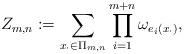
LaTeX: \begin{align*}Z_{m,n} := \sum_{x_\cdot \in \Pi_{m,n}} \prod_{i=1}^{m+n}\omega_{e_i(x_\cdot)},\end{align*}